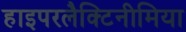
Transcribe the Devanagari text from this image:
हाइपरलैक्टिनीमिया